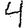
Digit: 4